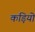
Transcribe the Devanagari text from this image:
कड़ियो